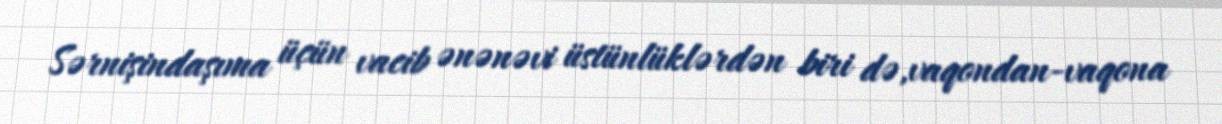
Sərnişindaşıma üçün vacib ənənəvi üstünlüklərdən biri də,vaqondan-vaqona